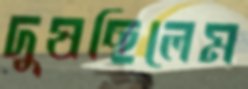
দুষছিলেম